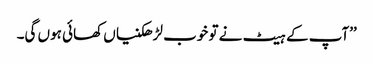
’’آپ کے ہیٹ نے تو خوب لڑھکنیاں کھائی ہوں گی۔